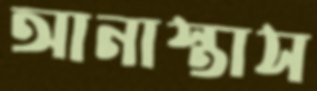
আনাস্তাস